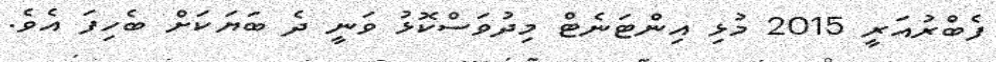
ފެބްރުއަރީ 2015 މުޅި އިންޓަނެޓް މިދުވަސްކޮޅު ވަނީ ދެ ބަޔަކަށް ބެހިފަ އެވެ.